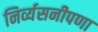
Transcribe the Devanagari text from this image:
निर्व्यसनीपणा